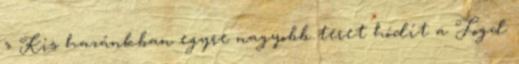
» Kis hazánkban egyre nagyobb teret hódít a Fogd